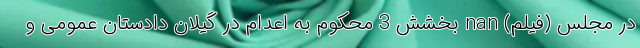
در مجلس (فیلم) nan بخشش 3 محکوم به اعدام در گیلان دادستان عمومی و